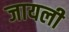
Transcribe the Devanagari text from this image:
जायली